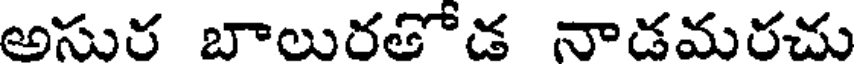
అసుర బాలురతోడ నాడమరచు